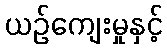
ယဉ်ကျေးမှုနှင့်